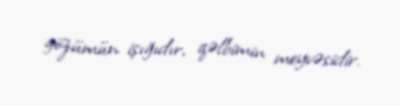
gözümün işığıdır, qəlbimin meyvəsidir.